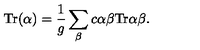
\mathrm { T r } ( \alpha ) = { \frac { 1 } { g } } \sum _ { \beta } c { \binom { \alpha } { \beta } } \mathrm { T r } { \binom { \alpha } { \beta } } .